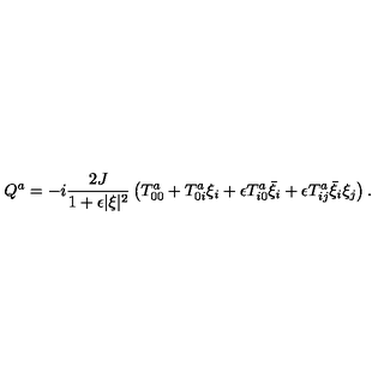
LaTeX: Q ^ { a } = - i \frac { 2 J } { 1 + \epsilon \vert \xi \vert ^ { 2 } } \left( T _ { 0 0 } ^ { a } + T _ { 0 i } ^ { a } \xi _ { i } + \epsilon T _ { i 0 } ^ { a } \bar { \xi } _ { i } + \epsilon T _ { i j } ^ { a } \bar { \xi } _ { i } \xi _ { j } \right) .